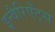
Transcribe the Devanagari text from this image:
इन्वैरिएँट्स